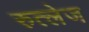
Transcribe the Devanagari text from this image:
रुत्लेज